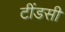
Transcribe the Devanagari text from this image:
टींडसी